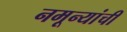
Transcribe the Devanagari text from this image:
नमून्यांची